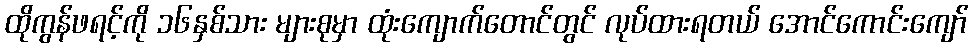
ထိုကွန်ဖရင့်ကို ၁၆နှစ်သား များစုမှာ ထုံးကျောက်တောင်တွင် လုပ်ထားရတယ် အောင်ကောင်းကျော်